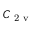
C _ { \mathrm { ~ 2 ~ v ~ } }